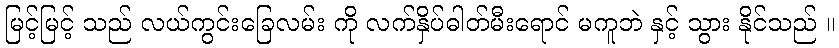
မြင့်မြင့် သည် လယ်ကွင်းခြေလမ်း ကို လက်နှိပ်ဓါတ်မီးရောင် မကူဘဲ နှင့် သွား နိုင်သည် ။